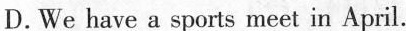
D.We have a sports meet in April.